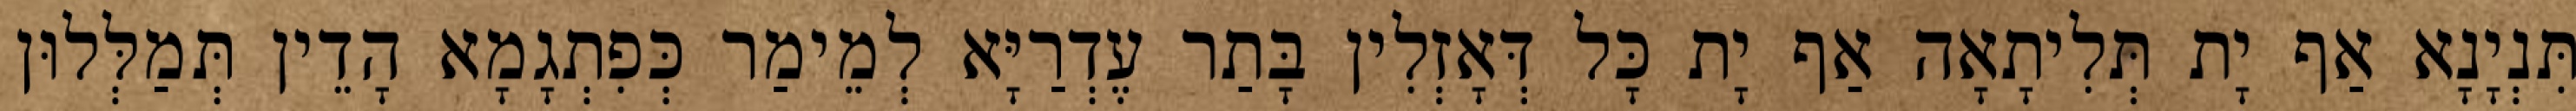
תִּנְיָנָא אַף יָת תְּלִיתָאָה אַף יָת כָּל דְּאָזְלִין בָּתַר עֶדְרַיָּא לְמֵימַר כְּפִתְגָמָא הָדֵין תְּמַלְּלוּן